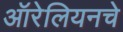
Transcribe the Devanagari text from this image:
ऑरेलियनचे